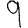
Digit: 9